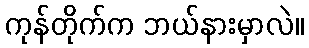
ကုန်တိုက်က ဘယ်နားမှာလဲ။